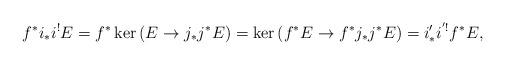
LaTeX: \begin{align*}f^*i_*i^! E = f^* \ker \left(E \to j_*j^*E\right) = \ker \left(f^*E \to f^*j_*j^*E\right) = i'_*i^{'!}f^*E,\end{align*}